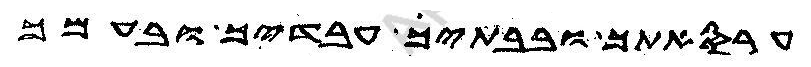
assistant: ערסאתך ובבתיך עבדיך ובעמך